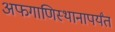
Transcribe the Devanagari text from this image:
अफगाणिस्थानापर्यंत